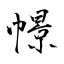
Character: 幜